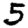
Digit: 5